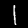
Digit: 1